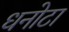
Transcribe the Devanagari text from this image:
धनोटा